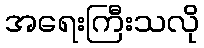
အရေးကြီးသလို